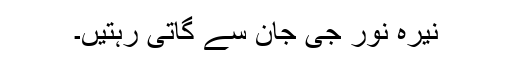
نیرہ نور جی جان سے گاتی رہتیں۔